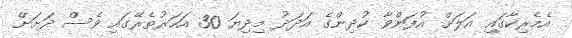
އެމެރިކާގައި އަލަށް އުފަންވާ ކުދިންގެ އަދަދު މިދިޔަ 30 އަހަރުތެރޭގައި ވެސް ދަށަށް